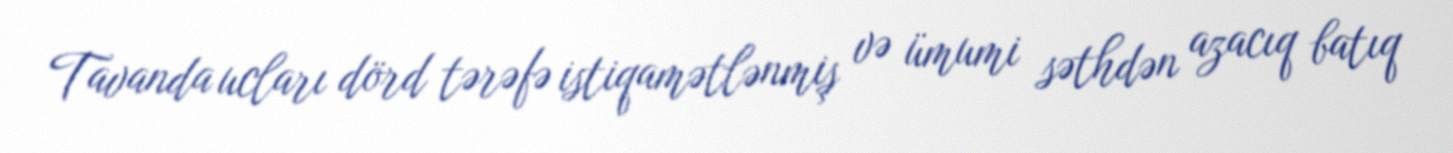
Tavanda ucları dörd tərəfə istiqamətlənmiş və ümumi səthdən azacıq batıq